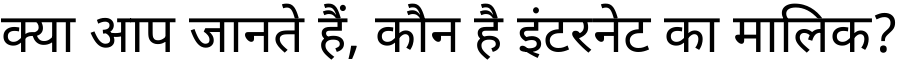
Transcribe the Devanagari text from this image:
क्या आप जानते हैं, कौन है इंटरनेट का मालिक?